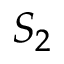
S _ { 2 }